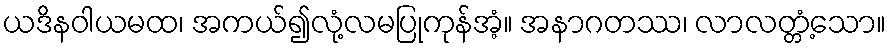
ယဒိနဝါယမထ၊ အကယ်၍လုံ့လမပြုကုန်အံ့။ အနာဂတဿ၊ လာလတ္တံ့သော။